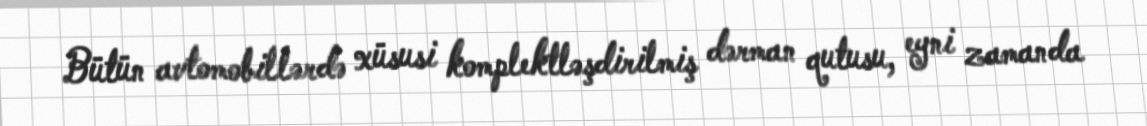
Bütün avtomobillərdə xüsusi komplektləşdirilmiş dərman qutusu, eyni zamanda